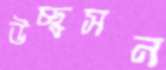
উচ্ছ্বসন